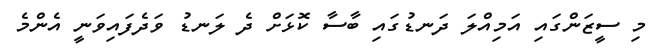
މި ސީޒަންގައި އަމިއްލަ ދަނޑުގައި ބާސާ ކޮޅަށް ދެ ލަނޑު ވަދެފައިވަނީ އެންމެ